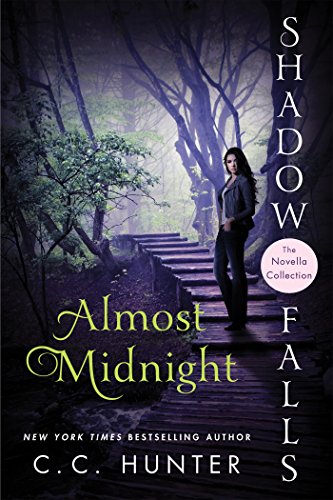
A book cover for Almost Midnight (Shadow Falls: After Dark); C. C. Hunter; Teen & Young Adult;